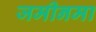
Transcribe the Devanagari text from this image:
जमीनमा